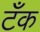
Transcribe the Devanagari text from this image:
टॅँक